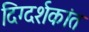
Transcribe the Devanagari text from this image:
दिग्दर्शकांत